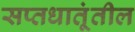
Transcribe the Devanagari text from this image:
सप्तधातूंतील